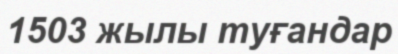
1503 жылы туғандар